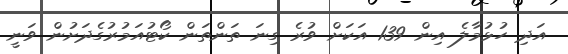
އަދި ހުޅުމާލެ އިން 139 އަކަށް ވުރެ ގިނަ ތަންތަން ކޯޓުއަމުރުގެދަށުން ވަނީ